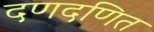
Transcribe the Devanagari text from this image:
दणदणित